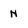
Character: N